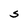
Character: S